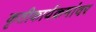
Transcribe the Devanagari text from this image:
कृतीकार्यक्रमांवर